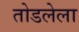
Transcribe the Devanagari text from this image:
तोडलेला